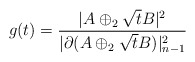
\begin{align*}g(t)=\frac{|A \oplus_2 \sqrt{t}B|^2}{|\partial (A \oplus_2 \sqrt{t}B)|^2_{n-1}}\end{align*}